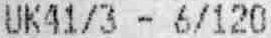
UK41/3 - 6/120